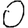
Digit: 0